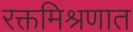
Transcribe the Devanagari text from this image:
रक्तमिश्रणात